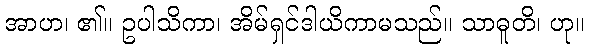
အာဟ၊ ၏။ ဥပါသိကာ၊ အိမ်ရှင်ဒါယိကာမသည်။ သာဓူတိ၊ ဟု။